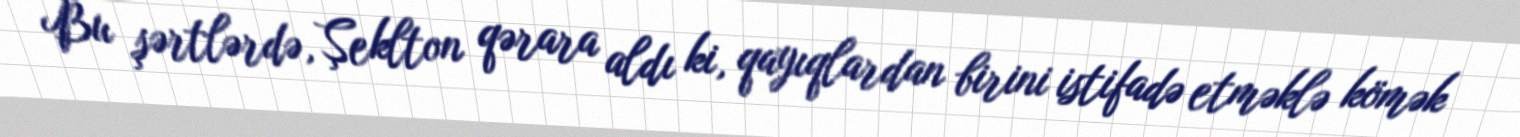
Bu şərtlərdə, Şeklton qərara aldı ki, qayıqlardan birini istifadə etməklə kömək